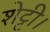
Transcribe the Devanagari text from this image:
शेट्टी।